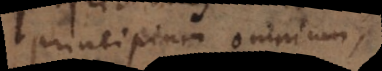
principium omnium,